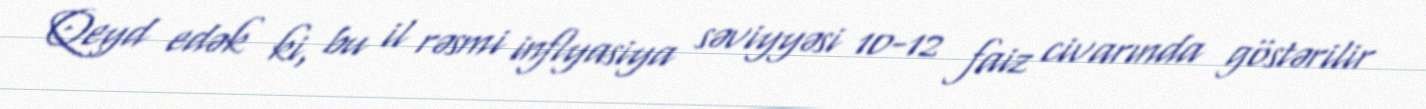
Qeyd edək ki, bu il rəsmi inflyasiya səviyyəsi 10-12 faiz civarında göstərilir